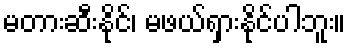
မတားဆီးနိုင်၊ မဖယ်ရှားနိုင်ပါဘူး။